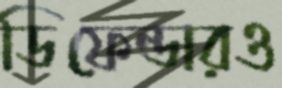
ডিফেন্ডারও